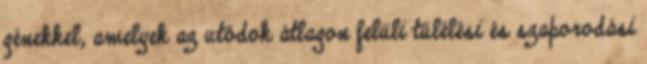
génekkel, amelyek az utódok átlagon felüli túlélési és szaporodási